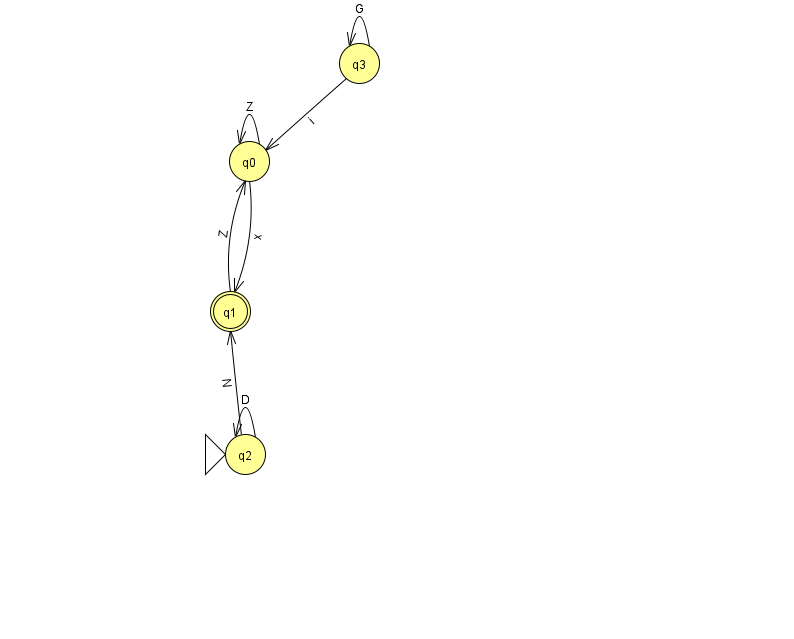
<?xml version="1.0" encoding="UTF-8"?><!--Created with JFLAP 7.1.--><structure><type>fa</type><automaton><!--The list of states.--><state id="0" name="q0"><x>249.0</x><y>148.0</y></state><state id="1" name="q1"><x>230.0</x><y>298.0</y><final/></state><state id="2" name="q2"><x>245.0</x><y>441.0</y><initial/></state><state id="3" name="q3"><x>359.0</x><y>50.0</y></state><!--The list of transitions.--><transition><from>2</from><to>2</to><read>D</read></transition><transition><from>2</from><to>1</to><read>N</read></transition><transition><from>3</from><to>3</to><read>G</read></transition><transition><from>0</from><to>0</to><read>Z</read></transition><transition><from>1</from><to>0</to><read>Z</read></transition><transition><from>3</from><to>0</to><read>i</read></transition><transition><from>0</from><to>1</to><read>x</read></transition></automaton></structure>